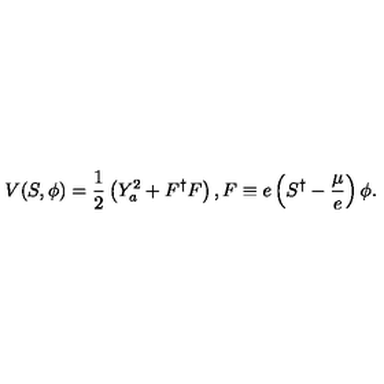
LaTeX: V ( S , \phi ) = \frac { 1 } { 2 } \left( Y _ { a } ^ { 2 } + F ^ { \dagger } F \right) , F \equiv e \left( S ^ { \dagger } - \frac { \mu } { e } \right) \phi .